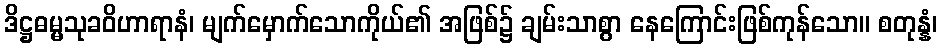
ဒိဋ္ဌဓမ္မသုခဝိဟာရာနံ၊ မျက်မှောက်သောကိုယ်၏ အဖြစ်၌ ချမ်းသာစွာ နေကြောင်းဖြစ်ကုန်သော။ စတုန္နံ၊